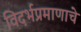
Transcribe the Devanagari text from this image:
विदर्भप्रमाणाचे